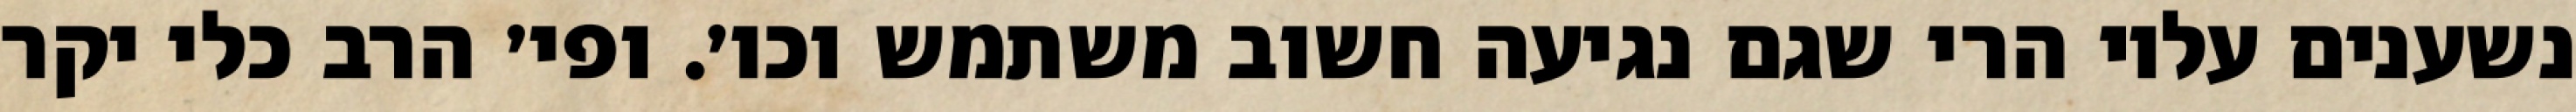
נשענים עליו הרי שגם נגיעה חשוב משתמש וכו׳. ופי׳ הרב כלי יקר